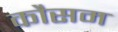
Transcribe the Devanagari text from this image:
कौसम